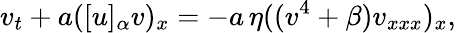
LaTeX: v_{t}+a([u]_{\alpha}v)_{x}=-a\, \eta((v^{4}+\beta)v_{xxx})_{x},